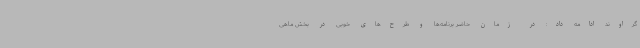
گراوند ادامه داد: در زمان حاضر برنامه‌ها و طرح‌های خوبی در بخش ماهی